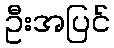
ဦးအပြင်